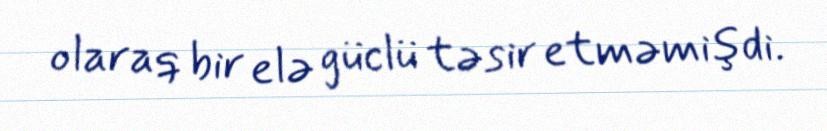
olaraq bir elə güclü təsir etməmişdi.